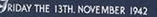
RIDAY THE 13TH NOVAMBER 1942